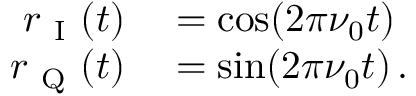
\begin{array} { r l } { r _ { \mathrm { ~ I ~ } } ( t ) } & { { } = \cos ( 2 \pi \nu _ { 0 } t ) } \\ { r _ { \mathrm { ~ Q ~ } } ( t ) } & { { } = \sin ( 2 \pi \nu _ { 0 } t ) \, . } \end{array}